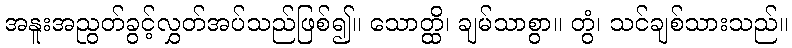
အနူးအညွတ်ခွင့်လွှတ်အပ်သည်ဖြစ်၍။ သောတ္ထိ၊ ချမ်သာစွာ။ တွံ၊ သင်ချစ်သားသည်။